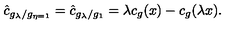
\hat { c } _ { g _ { \lambda } / g _ { \eta = 1 } } = \hat { c } _ { g _ { \lambda } / g _ { 1 } } = \lambda c _ { g } ( x ) - c _ { g } ( \lambda x ) .